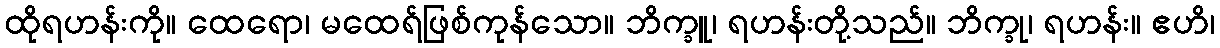
ထိုရဟန်းကို။ ထေရော၊ မထေရ်ဖြစ်ကုန်သော။ ဘိက္ခူ၊ ရဟန်းတို့သည်။ ဘိက္ခု၊ ရဟန်း။ ဧဟိ၊